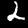
Label: 2